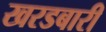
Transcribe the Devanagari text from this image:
खरडबारी